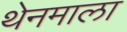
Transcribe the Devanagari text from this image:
थेनमाला